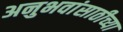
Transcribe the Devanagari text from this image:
अनुभवांसाठीच्या